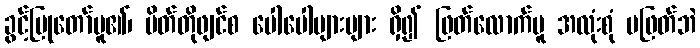
ခွင့်ပြုတော်မူ၏၊ ပိတ်တိုဖျင်စ ပေါပေါများများ ရှိ၍ ဖြတ်လောက်မူ အလုံးစုံ မဖြတ်ဘဲ